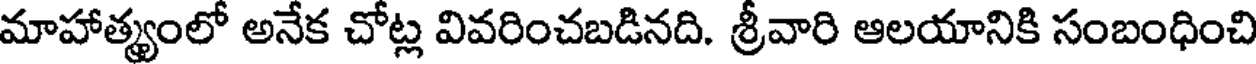
మాహాత్యంలో అనేక చోట్ల వివరించబడినది. శ్రీవారి ఆలయానికి సంబంధించి